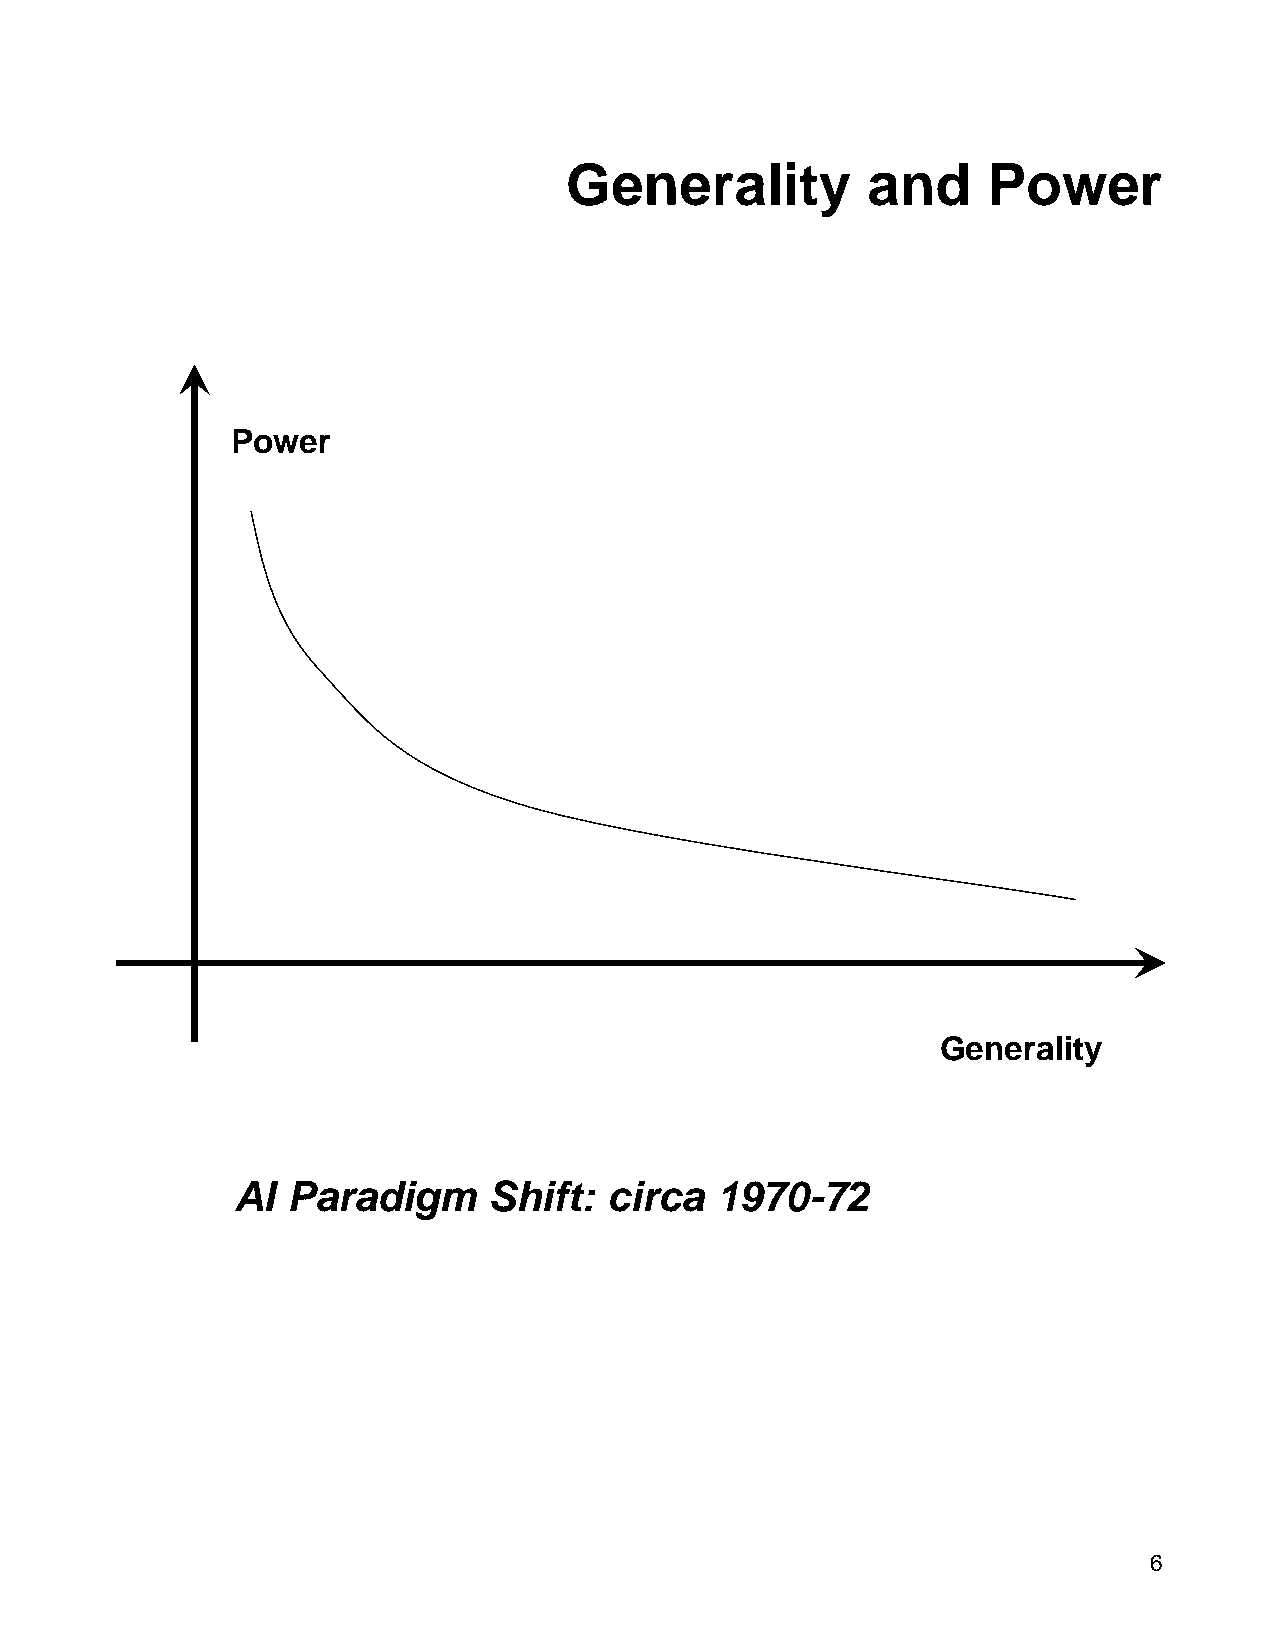
Generality          and     Power
 Power
 Generality
 AI Paradigm     Shift:  circa  1970-72
 6